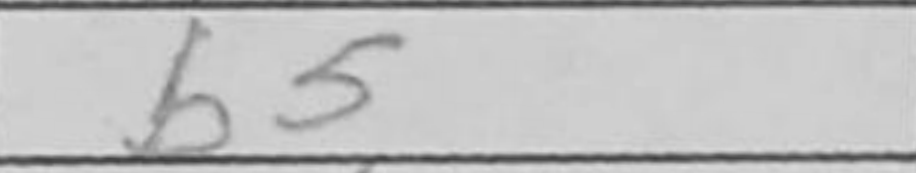
Transcription: b5